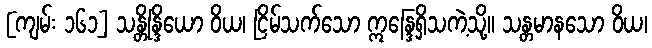
[ကျမ်း ၁၆၁] သန္တိန္ဒြိယော ဝိယ၊ ငြိမ်သက်သော ဣန္ဒြေရှိသကဲ့သို့။ သန္တမာနသော ဝိယ၊